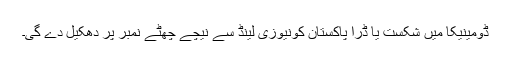
ڈومینیکا میں شکست یا ڈرا پاکستان کونیوزی لینڈ سے نیچے چھٹے نمبر پر دھکیل دے گی۔